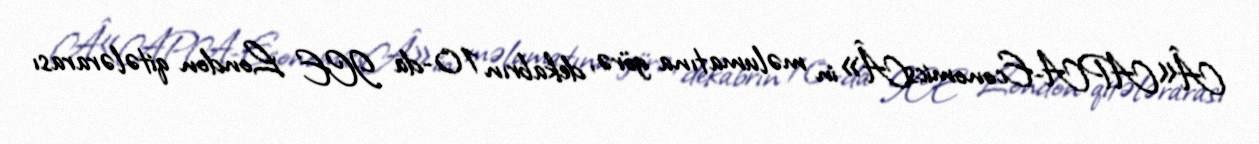
Â«APA-EconomicsÂ»in məlumatına görə, dekabrın 10-da ICE London qitələrarası